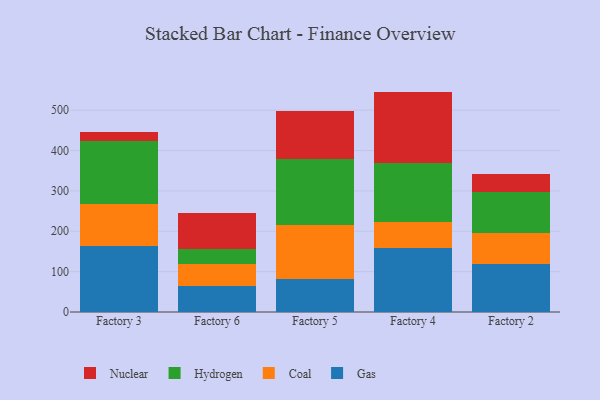
{"axis": {"x": "Factory", "y": "Revenue (USD Million)"}, "legend": ["Coal", "Gas", "Hydrogen", "Nuclear"], "data": [{"x": "Factory 3", "y": 163.5, "type": "Gas"}, {"x": "Factory 3", "y": 103.5, "type": "Coal"}, {"x": "Factory 3", "y": 156.0, "type": "Hydrogen"}, {"x": "Factory 3", "y": 23.9, "type": "Nuclear"}, {"x": "Factory 6", "y": 63.6, "type": "Gas"}, {"x": "Factory 6", "y": 54.9, "type": "Coal"}, {"x": "Factory 6", "y": 37.2, "type": "Hydrogen"}, {"x": "Factory 6", "y": 90.0, "type": "Nuclear"}, {"x": "Factory 5", "y": 81.3, "type": "Gas"}, {"x": "Factory 5", "y": 133.2, "type": "Coal"}, {"x": "Factory 5", "y": 164.5, "type": "Hydrogen"}, {"x": "Factory 5", "y": 118.8, "type": "Nuclear"}, {"x": "Factory 4", "y": 159.1, "type": "Gas"}, {"x": "Factory 4", "y": 63.9, "type": "Coal"}, {"x": "Factory 4", "y": 146.7, "type": "Hydrogen"}, {"x": "Factory 4", "y": 176.3, "type": "Nuclear"}, {"x": "Factory 2", "y": 119.8, "type": "Gas"}, {"x": "Factory 2", "y": 75.8, "type": "Coal"}, {"x": "Factory 2", "y": 101.8, "type": "Hydrogen"}, {"x": "Factory 2", "y": 45.7, "type": "Nuclear"}]}